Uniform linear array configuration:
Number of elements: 48
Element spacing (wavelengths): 1
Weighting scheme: cosine
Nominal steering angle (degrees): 0
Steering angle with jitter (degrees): -0.2683
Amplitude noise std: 0.05
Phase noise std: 0.05

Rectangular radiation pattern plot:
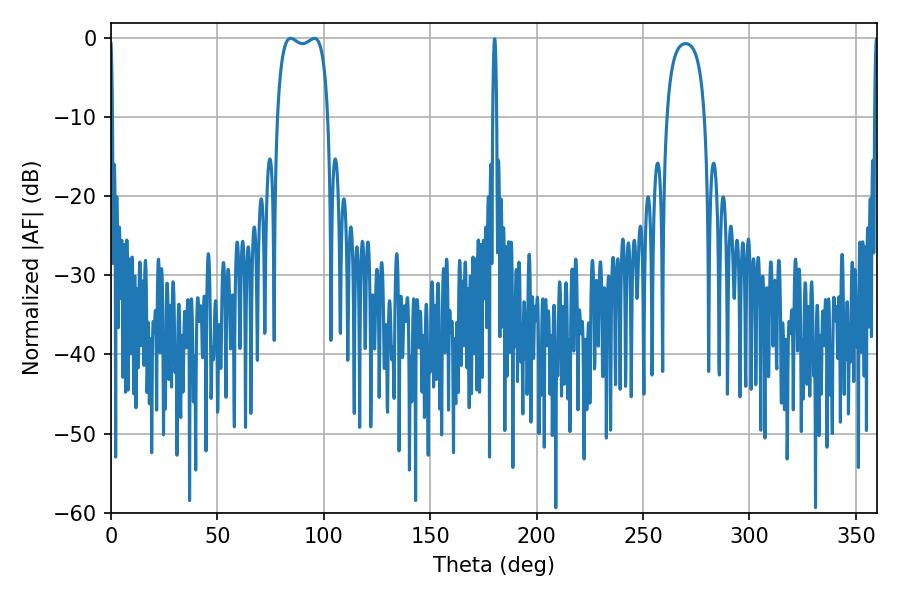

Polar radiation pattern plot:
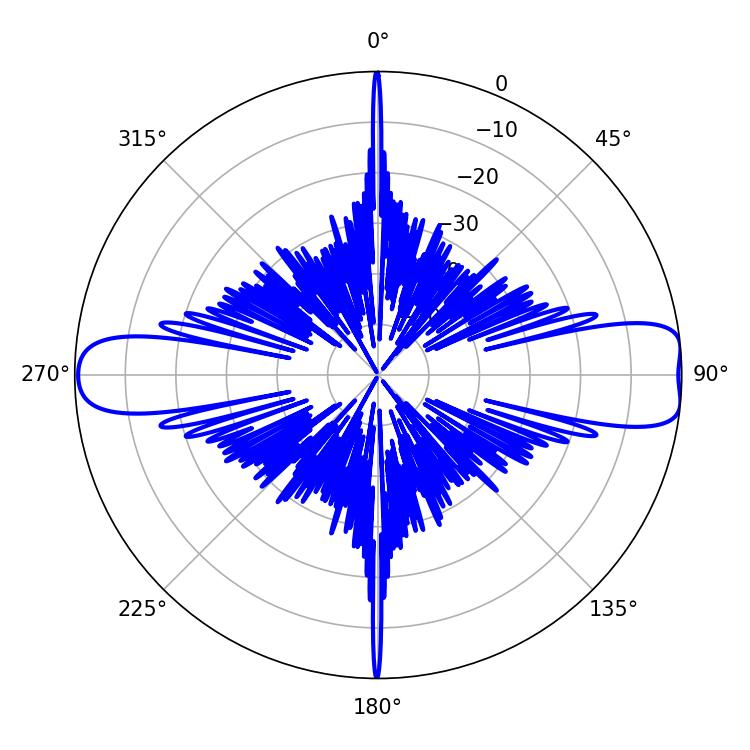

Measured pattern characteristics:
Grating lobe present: TRUE
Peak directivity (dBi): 11.566
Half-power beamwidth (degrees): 19.44
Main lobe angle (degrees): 84.42